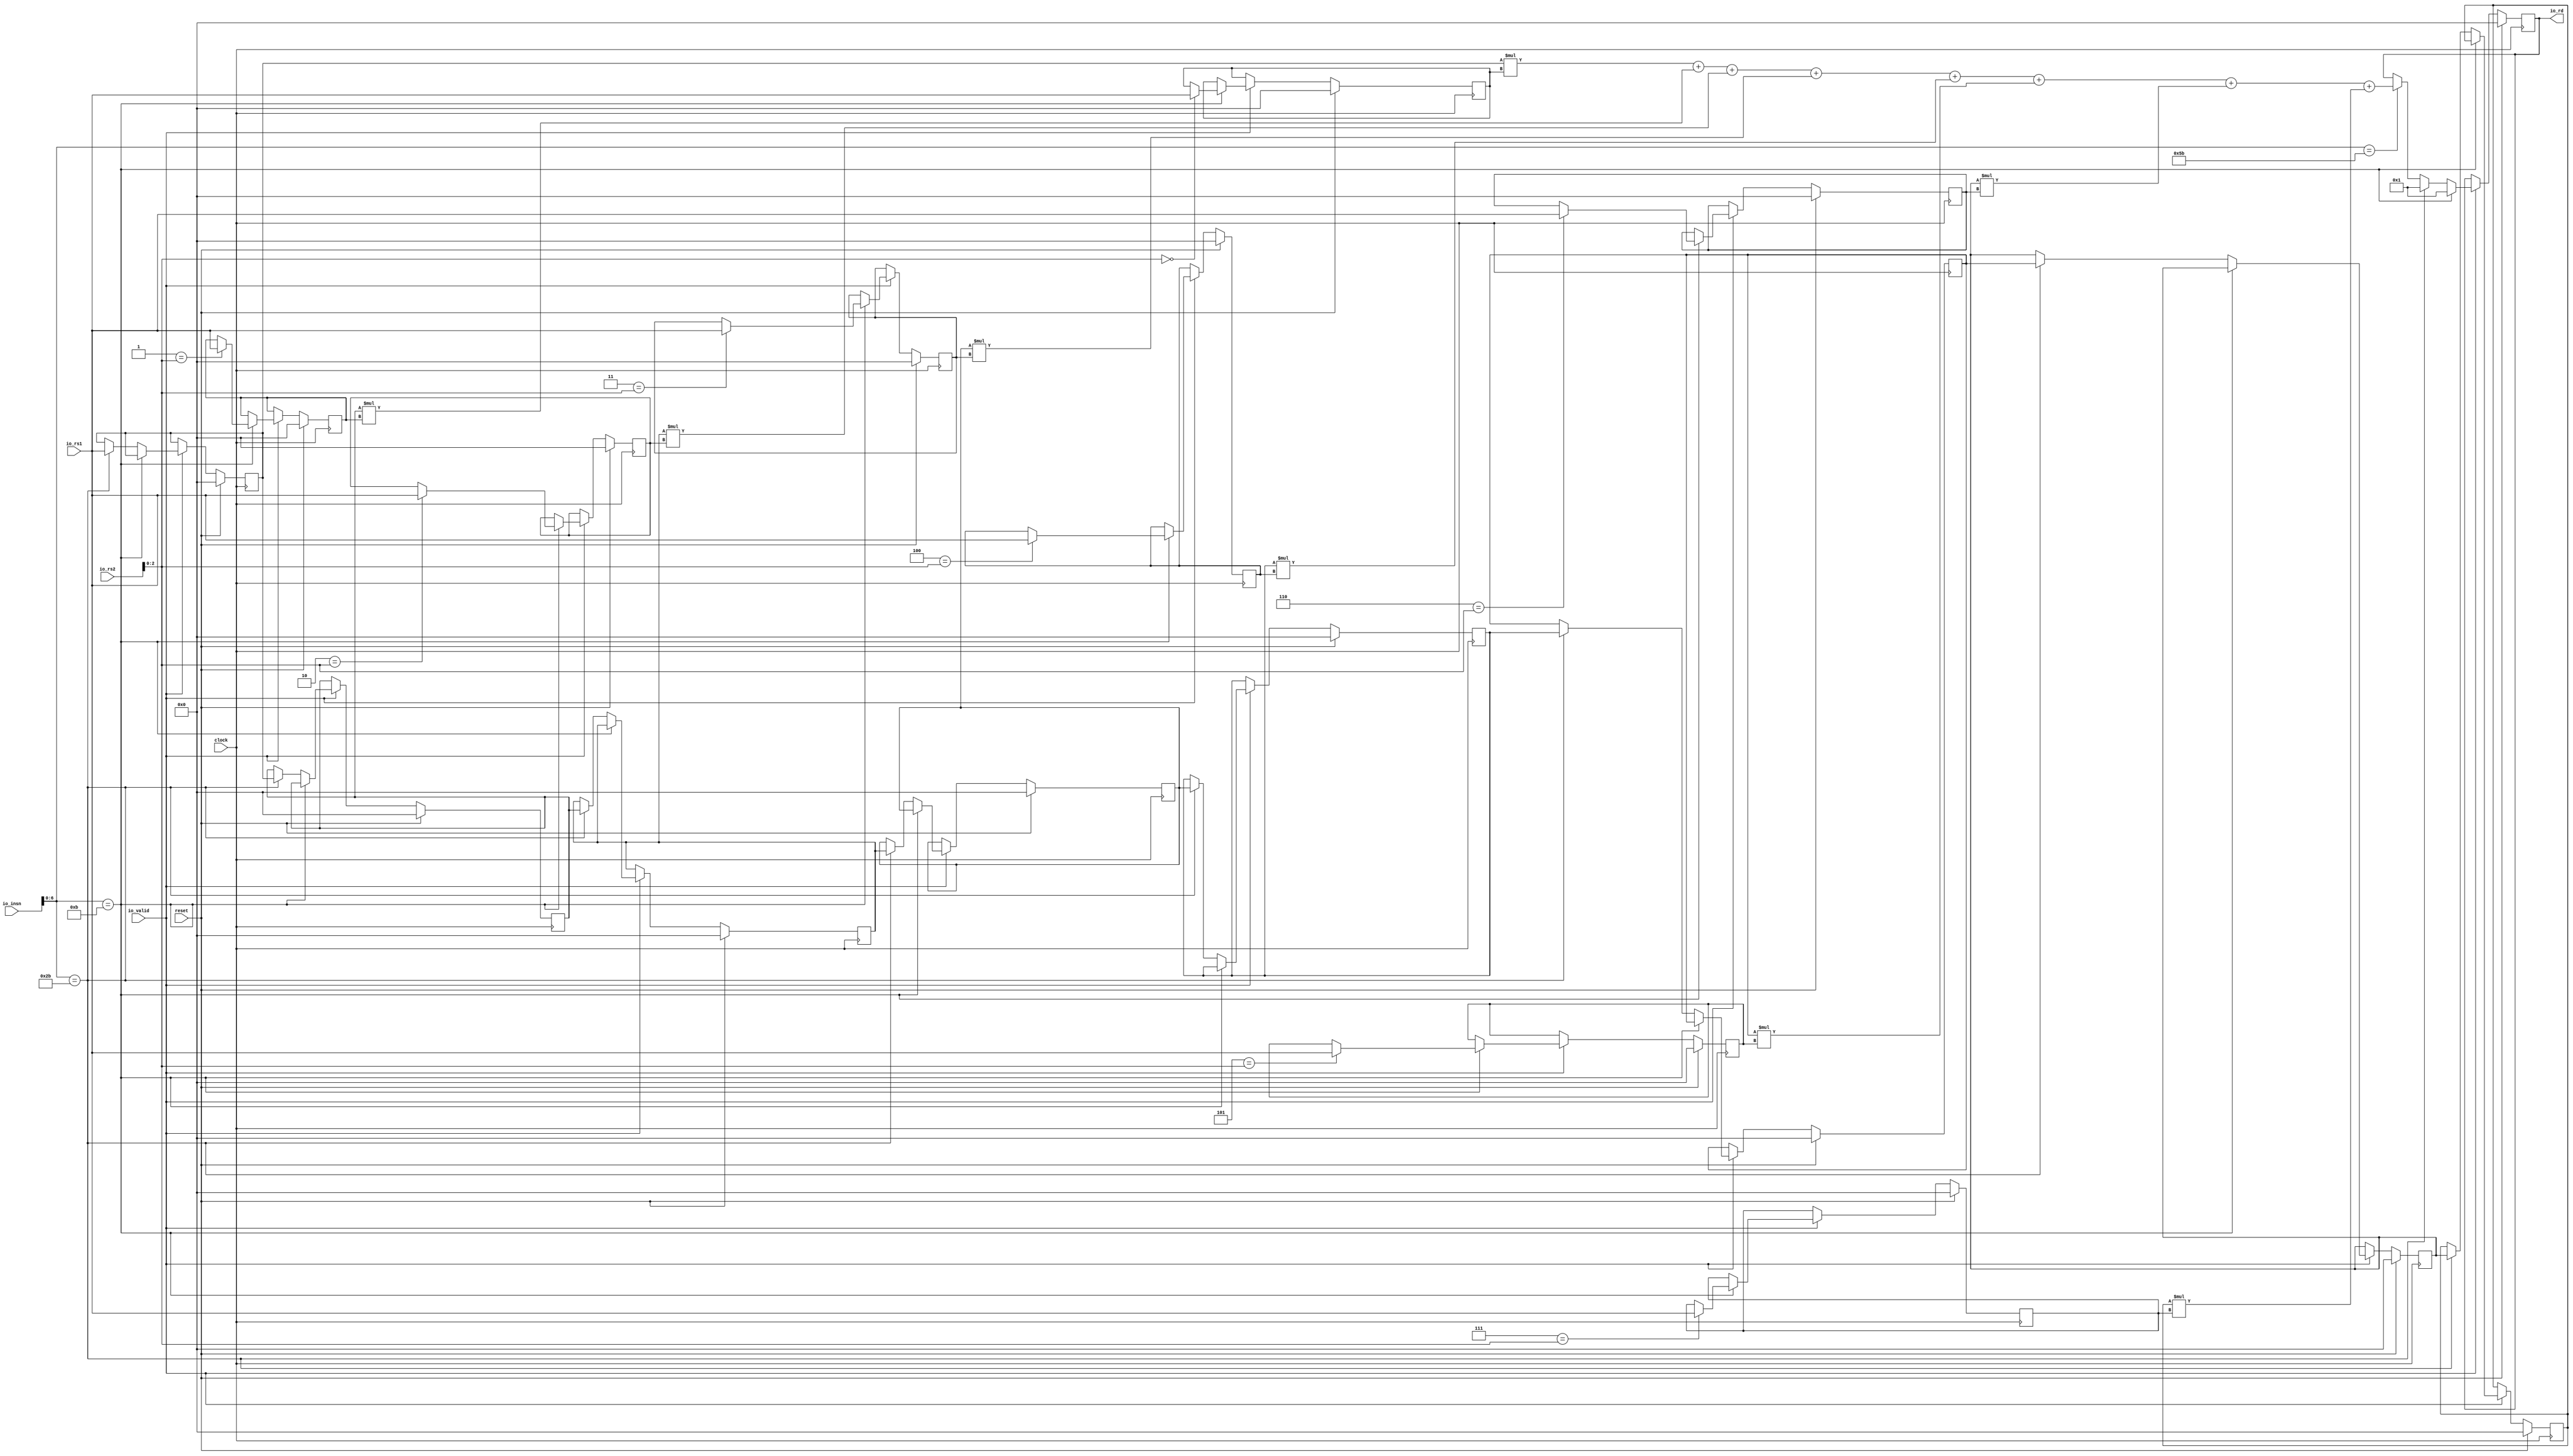
module SCIEPipelined(
  input         clock,
  input         reset,
  input         io_valid,
  input  [31:0] io_insn,
  input  [31:0] io_rs1,
  input  [31:0] io_rs2,
  output [31:0] io_rd
);
`ifdef RANDOMIZE_REG_INIT
  reg [31:0] _RAND_0;
  reg [31:0] _RAND_1;
  reg [31:0] _RAND_2;
  reg [31:0] _RAND_3;
  reg [31:0] _RAND_4;
  reg [31:0] _RAND_5;
  reg [31:0] _RAND_6;
  reg [31:0] _RAND_7;
  reg [31:0] _RAND_8;
  reg [31:0] _RAND_9;
  reg [31:0] _RAND_10;
  reg [31:0] _RAND_11;
  reg [31:0] _RAND_12;
  reg [31:0] _RAND_13;
  reg [31:0] _RAND_14;
  reg [31:0] _RAND_15;
  reg [31:0] _RAND_16;
`endif // RANDOMIZE_REG_INIT
  reg [31:0] coeffs_0; // @[SCIEPipelined.scala 19:23]
  reg [31:0] coeffs_1; // @[SCIEPipelined.scala 19:23]
  reg [31:0] coeffs_2; // @[SCIEPipelined.scala 19:23]
  reg [31:0] coeffs_3; // @[SCIEPipelined.scala 19:23]
  reg [31:0] coeffs_4; // @[SCIEPipelined.scala 19:23]
  reg [31:0] coeffs_5; // @[SCIEPipelined.scala 19:23]
  reg [31:0] coeffs_6; // @[SCIEPipelined.scala 19:23]
  reg [31:0] coeffs_7; // @[SCIEPipelined.scala 19:23]
  reg [31:0] data_0; // @[SCIEPipelined.scala 20:21]
  reg [31:0] data_1; // @[SCIEPipelined.scala 20:21]
  reg [31:0] data_2; // @[SCIEPipelined.scala 20:21]
  reg [31:0] data_3; // @[SCIEPipelined.scala 20:21]
  reg [31:0] data_4; // @[SCIEPipelined.scala 20:21]
  reg [31:0] data_5; // @[SCIEPipelined.scala 20:21]
  reg [31:0] data_6; // @[SCIEPipelined.scala 20:21]
  reg [31:0] data_7; // @[SCIEPipelined.scala 20:21]
  reg [31:0] result; // @[SCIEPipelined.scala 21:23]
  wire [63:0] _result_T = data_0 * coeffs_0; // @[SCIEPipelined.scala 32:57]
  wire [63:0] _result_T_1 = data_1 * coeffs_1; // @[SCIEPipelined.scala 32:57]
  wire [63:0] _result_T_2 = data_2 * coeffs_2; // @[SCIEPipelined.scala 32:57]
  wire [63:0] _result_T_3 = data_3 * coeffs_3; // @[SCIEPipelined.scala 32:57]
  wire [63:0] _result_T_4 = data_4 * coeffs_4; // @[SCIEPipelined.scala 32:57]
  wire [63:0] _result_T_5 = data_5 * coeffs_5; // @[SCIEPipelined.scala 32:57]
  wire [63:0] _result_T_6 = data_6 * coeffs_6; // @[SCIEPipelined.scala 32:57]
  wire [63:0] _result_T_7 = data_7 * coeffs_7; // @[SCIEPipelined.scala 32:57]
  wire [63:0] _result_T_9 = _result_T + _result_T_1; // @[SCIEPipelined.scala 32:72]
  wire [63:0] _result_T_11 = _result_T_9 + _result_T_2; // @[SCIEPipelined.scala 32:72]
  wire [63:0] _result_T_13 = _result_T_11 + _result_T_3; // @[SCIEPipelined.scala 32:72]
  wire [63:0] _result_T_15 = _result_T_13 + _result_T_4; // @[SCIEPipelined.scala 32:72]
  wire [63:0] _result_T_17 = _result_T_15 + _result_T_5; // @[SCIEPipelined.scala 32:72]
  wire [63:0] _result_T_19 = _result_T_17 + _result_T_6; // @[SCIEPipelined.scala 32:72]
  wire [63:0] _result_T_21 = _result_T_19 + _result_T_7; // @[SCIEPipelined.scala 32:72]
  wire [63:0] _GEN_8 = io_insn[6:0] == 7'h5b ? _result_T_21 : {{32'd0}, result}; // @[SCIEPipelined.scala 31:48 32:14 21:23]
  wire [63:0] _GEN_17 = io_insn[6:0] == 7'h2b ? 64'h1 : _GEN_8; // @[SCIEPipelined.scala 27:48 30:14]
  wire [63:0] _GEN_26 = io_insn[6:0] == 7'hb ? 64'h1 : _GEN_17; // @[SCIEPipelined.scala 24:42 26:14]
  wire [63:0] _GEN_43 = io_valid ? _GEN_26 : {{32'd0}, result}; // @[SCIEPipelined.scala 23:17 21:23]
  wire [63:0] _GEN_52 = reset ? 64'h0 : _GEN_43; // @[SCIEPipelined.scala 21:{23,23}]
  assign io_rd = result; // @[SCIEPipelined.scala 35:9]
  always @(posedge clock) begin
    if (reset) begin // @[SCIEPipelined.scala 19:23]
      coeffs_0 <= 32'h0; // @[SCIEPipelined.scala 19:23]
    end else if (io_valid) begin // @[SCIEPipelined.scala 23:17]
      if (io_insn[6:0] == 7'hb) begin // @[SCIEPipelined.scala 24:42]
        if (3'h0 == io_rs2[2:0]) begin // @[SCIEPipelined.scala 25:22]
          coeffs_0 <= io_rs1; // @[SCIEPipelined.scala 25:22]
        end
      end
    end
    if (reset) begin // @[SCIEPipelined.scala 19:23]
      coeffs_1 <= 32'h0; // @[SCIEPipelined.scala 19:23]
    end else if (io_valid) begin // @[SCIEPipelined.scala 23:17]
      if (io_insn[6:0] == 7'hb) begin // @[SCIEPipelined.scala 24:42]
        if (3'h1 == io_rs2[2:0]) begin // @[SCIEPipelined.scala 25:22]
          coeffs_1 <= io_rs1; // @[SCIEPipelined.scala 25:22]
        end
      end
    end
    if (reset) begin // @[SCIEPipelined.scala 19:23]
      coeffs_2 <= 32'h0; // @[SCIEPipelined.scala 19:23]
    end else if (io_valid) begin // @[SCIEPipelined.scala 23:17]
      if (io_insn[6:0] == 7'hb) begin // @[SCIEPipelined.scala 24:42]
        if (3'h2 == io_rs2[2:0]) begin // @[SCIEPipelined.scala 25:22]
          coeffs_2 <= io_rs1; // @[SCIEPipelined.scala 25:22]
        end
      end
    end
    if (reset) begin // @[SCIEPipelined.scala 19:23]
      coeffs_3 <= 32'h0; // @[SCIEPipelined.scala 19:23]
    end else if (io_valid) begin // @[SCIEPipelined.scala 23:17]
      if (io_insn[6:0] == 7'hb) begin // @[SCIEPipelined.scala 24:42]
        if (3'h3 == io_rs2[2:0]) begin // @[SCIEPipelined.scala 25:22]
          coeffs_3 <= io_rs1; // @[SCIEPipelined.scala 25:22]
        end
      end
    end
    if (reset) begin // @[SCIEPipelined.scala 19:23]
      coeffs_4 <= 32'h0; // @[SCIEPipelined.scala 19:23]
    end else if (io_valid) begin // @[SCIEPipelined.scala 23:17]
      if (io_insn[6:0] == 7'hb) begin // @[SCIEPipelined.scala 24:42]
        if (3'h4 == io_rs2[2:0]) begin // @[SCIEPipelined.scala 25:22]
          coeffs_4 <= io_rs1; // @[SCIEPipelined.scala 25:22]
        end
      end
    end
    if (reset) begin // @[SCIEPipelined.scala 19:23]
      coeffs_5 <= 32'h0; // @[SCIEPipelined.scala 19:23]
    end else if (io_valid) begin // @[SCIEPipelined.scala 23:17]
      if (io_insn[6:0] == 7'hb) begin // @[SCIEPipelined.scala 24:42]
        if (3'h5 == io_rs2[2:0]) begin // @[SCIEPipelined.scala 25:22]
          coeffs_5 <= io_rs1; // @[SCIEPipelined.scala 25:22]
        end
      end
    end
    if (reset) begin // @[SCIEPipelined.scala 19:23]
      coeffs_6 <= 32'h0; // @[SCIEPipelined.scala 19:23]
    end else if (io_valid) begin // @[SCIEPipelined.scala 23:17]
      if (io_insn[6:0] == 7'hb) begin // @[SCIEPipelined.scala 24:42]
        if (3'h6 == io_rs2[2:0]) begin // @[SCIEPipelined.scala 25:22]
          coeffs_6 <= io_rs1; // @[SCIEPipelined.scala 25:22]
        end
      end
    end
    if (reset) begin // @[SCIEPipelined.scala 19:23]
      coeffs_7 <= 32'h0; // @[SCIEPipelined.scala 19:23]
    end else if (io_valid) begin // @[SCIEPipelined.scala 23:17]
      if (io_insn[6:0] == 7'hb) begin // @[SCIEPipelined.scala 24:42]
        if (3'h7 == io_rs2[2:0]) begin // @[SCIEPipelined.scala 25:22]
          coeffs_7 <= io_rs1; // @[SCIEPipelined.scala 25:22]
        end
      end
    end
    if (reset) begin // @[SCIEPipelined.scala 20:21]
      data_0 <= 32'h0; // @[SCIEPipelined.scala 20:21]
    end else if (io_valid) begin // @[SCIEPipelined.scala 23:17]
      if (!(io_insn[6:0] == 7'hb)) begin // @[SCIEPipelined.scala 24:42]
        if (io_insn[6:0] == 7'h2b) begin // @[SCIEPipelined.scala 27:48]
          data_0 <= io_rs1; // @[SCIEPipelined.scala 29:15]
        end
      end
    end
    if (reset) begin // @[SCIEPipelined.scala 20:21]
      data_1 <= 32'h0; // @[SCIEPipelined.scala 20:21]
    end else if (io_valid) begin // @[SCIEPipelined.scala 23:17]
      if (!(io_insn[6:0] == 7'hb)) begin // @[SCIEPipelined.scala 24:42]
        if (io_insn[6:0] == 7'h2b) begin // @[SCIEPipelined.scala 27:48]
          data_1 <= data_0; // @[SCIEPipelined.scala 28:54]
        end
      end
    end
    if (reset) begin // @[SCIEPipelined.scala 20:21]
      data_2 <= 32'h0; // @[SCIEPipelined.scala 20:21]
    end else if (io_valid) begin // @[SCIEPipelined.scala 23:17]
      if (!(io_insn[6:0] == 7'hb)) begin // @[SCIEPipelined.scala 24:42]
        if (io_insn[6:0] == 7'h2b) begin // @[SCIEPipelined.scala 27:48]
          data_2 <= data_1; // @[SCIEPipelined.scala 28:54]
        end
      end
    end
    if (reset) begin // @[SCIEPipelined.scala 20:21]
      data_3 <= 32'h0; // @[SCIEPipelined.scala 20:21]
    end else if (io_valid) begin // @[SCIEPipelined.scala 23:17]
      if (!(io_insn[6:0] == 7'hb)) begin // @[SCIEPipelined.scala 24:42]
        if (io_insn[6:0] == 7'h2b) begin // @[SCIEPipelined.scala 27:48]
          data_3 <= data_2; // @[SCIEPipelined.scala 28:54]
        end
      end
    end
    if (reset) begin // @[SCIEPipelined.scala 20:21]
      data_4 <= 32'h0; // @[SCIEPipelined.scala 20:21]
    end else if (io_valid) begin // @[SCIEPipelined.scala 23:17]
      if (!(io_insn[6:0] == 7'hb)) begin // @[SCIEPipelined.scala 24:42]
        if (io_insn[6:0] == 7'h2b) begin // @[SCIEPipelined.scala 27:48]
          data_4 <= data_3; // @[SCIEPipelined.scala 28:54]
        end
      end
    end
    if (reset) begin // @[SCIEPipelined.scala 20:21]
      data_5 <= 32'h0; // @[SCIEPipelined.scala 20:21]
    end else if (io_valid) begin // @[SCIEPipelined.scala 23:17]
      if (!(io_insn[6:0] == 7'hb)) begin // @[SCIEPipelined.scala 24:42]
        if (io_insn[6:0] == 7'h2b) begin // @[SCIEPipelined.scala 27:48]
          data_5 <= data_4; // @[SCIEPipelined.scala 28:54]
        end
      end
    end
    if (reset) begin // @[SCIEPipelined.scala 20:21]
      data_6 <= 32'h0; // @[SCIEPipelined.scala 20:21]
    end else if (io_valid) begin // @[SCIEPipelined.scala 23:17]
      if (!(io_insn[6:0] == 7'hb)) begin // @[SCIEPipelined.scala 24:42]
        if (io_insn[6:0] == 7'h2b) begin // @[SCIEPipelined.scala 27:48]
          data_6 <= data_5; // @[SCIEPipelined.scala 28:54]
        end
      end
    end
    if (reset) begin // @[SCIEPipelined.scala 20:21]
      data_7 <= 32'h0; // @[SCIEPipelined.scala 20:21]
    end else if (io_valid) begin // @[SCIEPipelined.scala 23:17]
      if (!(io_insn[6:0] == 7'hb)) begin // @[SCIEPipelined.scala 24:42]
        if (io_insn[6:0] == 7'h2b) begin // @[SCIEPipelined.scala 27:48]
          data_7 <= data_6; // @[SCIEPipelined.scala 28:54]
        end
      end
    end
    result <= _GEN_52[31:0]; // @[SCIEPipelined.scala 21:{23,23}]
  end
// Register and memory initialization
`ifdef RANDOMIZE_GARBAGE_ASSIGN
`define RANDOMIZE
`endif
`ifdef RANDOMIZE_INVALID_ASSIGN
`define RANDOMIZE
`endif
`ifdef RANDOMIZE_REG_INIT
`define RANDOMIZE
`endif
`ifdef RANDOMIZE_MEM_INIT
`define RANDOMIZE
`endif
`ifndef RANDOM
`define RANDOM $random
`endif
`ifdef RANDOMIZE_MEM_INIT
  integer initvar;
`endif
`ifndef SYNTHESIS
`ifdef FIRRTL_BEFORE_INITIAL
`FIRRTL_BEFORE_INITIAL
`endif
initial begin
  `ifdef RANDOMIZE
    `ifdef INIT_RANDOM
      `INIT_RANDOM
    `endif
    `ifndef VERILATOR
      `ifdef RANDOMIZE_DELAY
        #`RANDOMIZE_DELAY begin end
      `else
        #0.002 begin end
      `endif
    `endif
`ifdef RANDOMIZE_REG_INIT
  _RAND_0 = {1{`RANDOM}};
  coeffs_0 = _RAND_0[31:0];
  _RAND_1 = {1{`RANDOM}};
  coeffs_1 = _RAND_1[31:0];
  _RAND_2 = {1{`RANDOM}};
  coeffs_2 = _RAND_2[31:0];
  _RAND_3 = {1{`RANDOM}};
  coeffs_3 = _RAND_3[31:0];
  _RAND_4 = {1{`RANDOM}};
  coeffs_4 = _RAND_4[31:0];
  _RAND_5 = {1{`RANDOM}};
  coeffs_5 = _RAND_5[31:0];
  _RAND_6 = {1{`RANDOM}};
  coeffs_6 = _RAND_6[31:0];
  _RAND_7 = {1{`RANDOM}};
  coeffs_7 = _RAND_7[31:0];
  _RAND_8 = {1{`RANDOM}};
  data_0 = _RAND_8[31:0];
  _RAND_9 = {1{`RANDOM}};
  data_1 = _RAND_9[31:0];
  _RAND_10 = {1{`RANDOM}};
  data_2 = _RAND_10[31:0];
  _RAND_11 = {1{`RANDOM}};
  data_3 = _RAND_11[31:0];
  _RAND_12 = {1{`RANDOM}};
  data_4 = _RAND_12[31:0];
  _RAND_13 = {1{`RANDOM}};
  data_5 = _RAND_13[31:0];
  _RAND_14 = {1{`RANDOM}};
  data_6 = _RAND_14[31:0];
  _RAND_15 = {1{`RANDOM}};
  data_7 = _RAND_15[31:0];
  _RAND_16 = {1{`RANDOM}};
  result = _RAND_16[31:0];
`endif // RANDOMIZE_REG_INIT
  `endif // RANDOMIZE
end // initial
`ifdef FIRRTL_AFTER_INITIAL
`FIRRTL_AFTER_INITIAL
`endif
`endif // SYNTHESIS
endmodule